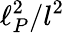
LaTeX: \ell_{P}^{2}/l^{2}